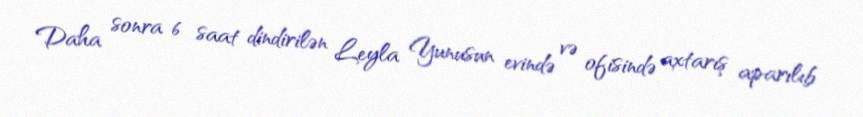
Daha sonra 6 saat dindirilən Leyla Yunusun evində və ofisində axtarış aparılıb